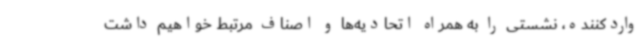
واردکننده، نشستی را به همراه اتحادیه‌ها و اصناف مرتبط خواهیم داشت